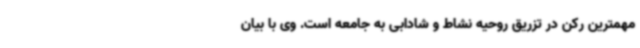
مهمترین رکن در تزریق روحیه نشاط و شادابی به جامعه است. وی با بیان